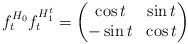
LaTeX: \begin{align*}f_{t}^{H_{0}}f_{t}^{H_{1}^{t}}=\begin{pmatrix}\cos t & \sin t\\-\sin t & \cos t\end{pmatrix}\end{align*}